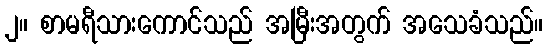
၂။ စာမရီသားကောင်သည် အမြီးအတွက် အသေခံသည်။